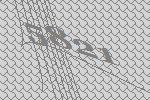
5821